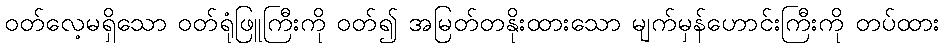
ဝတ်လေ့မရှိသော ဝတ်ရုံဖြူကြီးကို ဝတ်၍ အမြတ်တနိုးထားသော မျက်မှန်ဟောင်းကြီးကို တပ်ထား